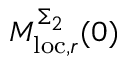
M _ { \mathrm { l o c } , r } ^ { \Sigma _ { 2 } } ( 0 )